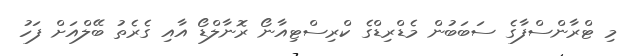
މި ޓްރާންސްފާގެ ސަބަބުން މެޑްރިޑްގެ ކްރިސްޓިއާނޯ ރޮނާލްޑޯ އާއި ގެރެތު ބޭލްއަށް ފަހު